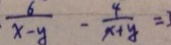
\cdot \frac { 6 } { x - y } - \frac { 4 } { x + y } =